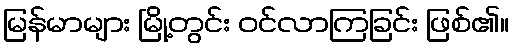
မြန်မာများ မြို့တွင်း ဝင်လာကြခြင်း ဖြစ်၏။